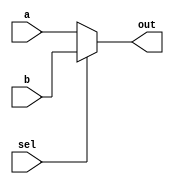
module top_module (
	input [99:0] a,
	input [99:0] b,
	input sel,
	output [99:0] out
);

	assign out = sel ? b : a;
	
	// The following doesn't work. Why?
	// assign out = (sel & b) | (~sel & a);
    // The first one to mail me will get a gift
	
endmodule